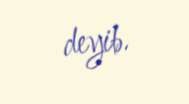
deyib.